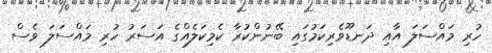
ހުރި މައްސަލަ އާއި ދަނޑޫވެރިކަމުގައި ބޭނުންކުރާ ކެމިކަލެއްގެ އަސަރު ހުރި މައްސަލަ ވެސް